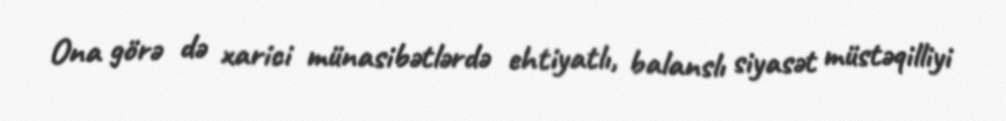
Ona görə də xarici münasibətlərdə ehtiyatlı, balanslı siyasət müstəqilliyi